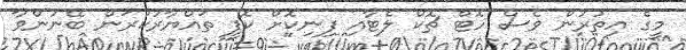
މީގެ އިތުރުން ވެސް ހޮޓް ޗޮކް ލެޓާއި ފިނިކޮށް ކޮފީ ތައްޔާރުކުރަން ބޭނުންވާ